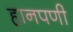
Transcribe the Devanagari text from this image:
हानपणी